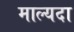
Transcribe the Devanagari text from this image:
माल्यदा